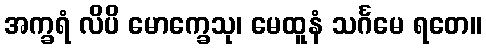
အက္ခရံ လိပိ မောက္ခေသု၊ မေထူနံ သင်္ဂမေ ရတေ။